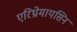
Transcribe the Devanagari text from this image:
एरिथ्रोमायसिन